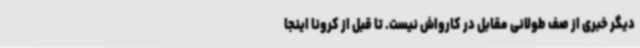
دیگر خبری از صف طولانی مقابل در کارواش نیست. تا قبل از کرونا اینجا